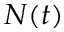
N ( t )